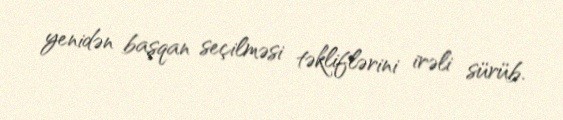
yenidən başqan seçilməsi təkliflərini irəli sürüb.